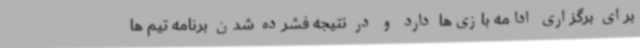
برای برگزاری ادامه بازی‌ها دارد و در نتیجه فشرده شدن برنامه تیم ها